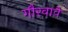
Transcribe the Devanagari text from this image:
गौरवावे